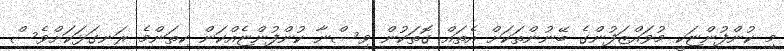
މި ކުންފުންޏަކީ މުވައްޒަފުންގެ ބޭނުންތަކަށް އެތައް ގޮތަކުން ވިސްނާ ކުންފުންޏެއްކަން ކިތަންމެ ރަނގަޅަކަށްވެސް